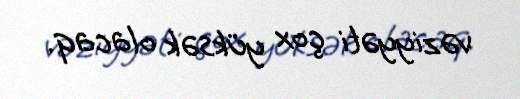
vəziyyəti çox yüksək olacaq.